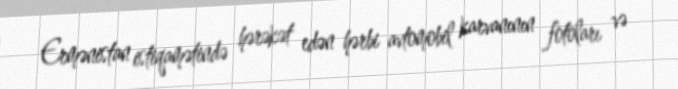
Ermənistan istiqamətində hərəkət edən hərbi avtomobil karvanının fotoları və